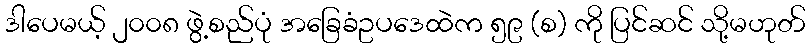
ဒါပေမယ့် ၂၀၀၈ ဖွဲ့စည်ပုံ အခြေခံဥပဒေထဲက ၅၉ (စ) ကို ပြင်ဆင် သို့မဟုတ်